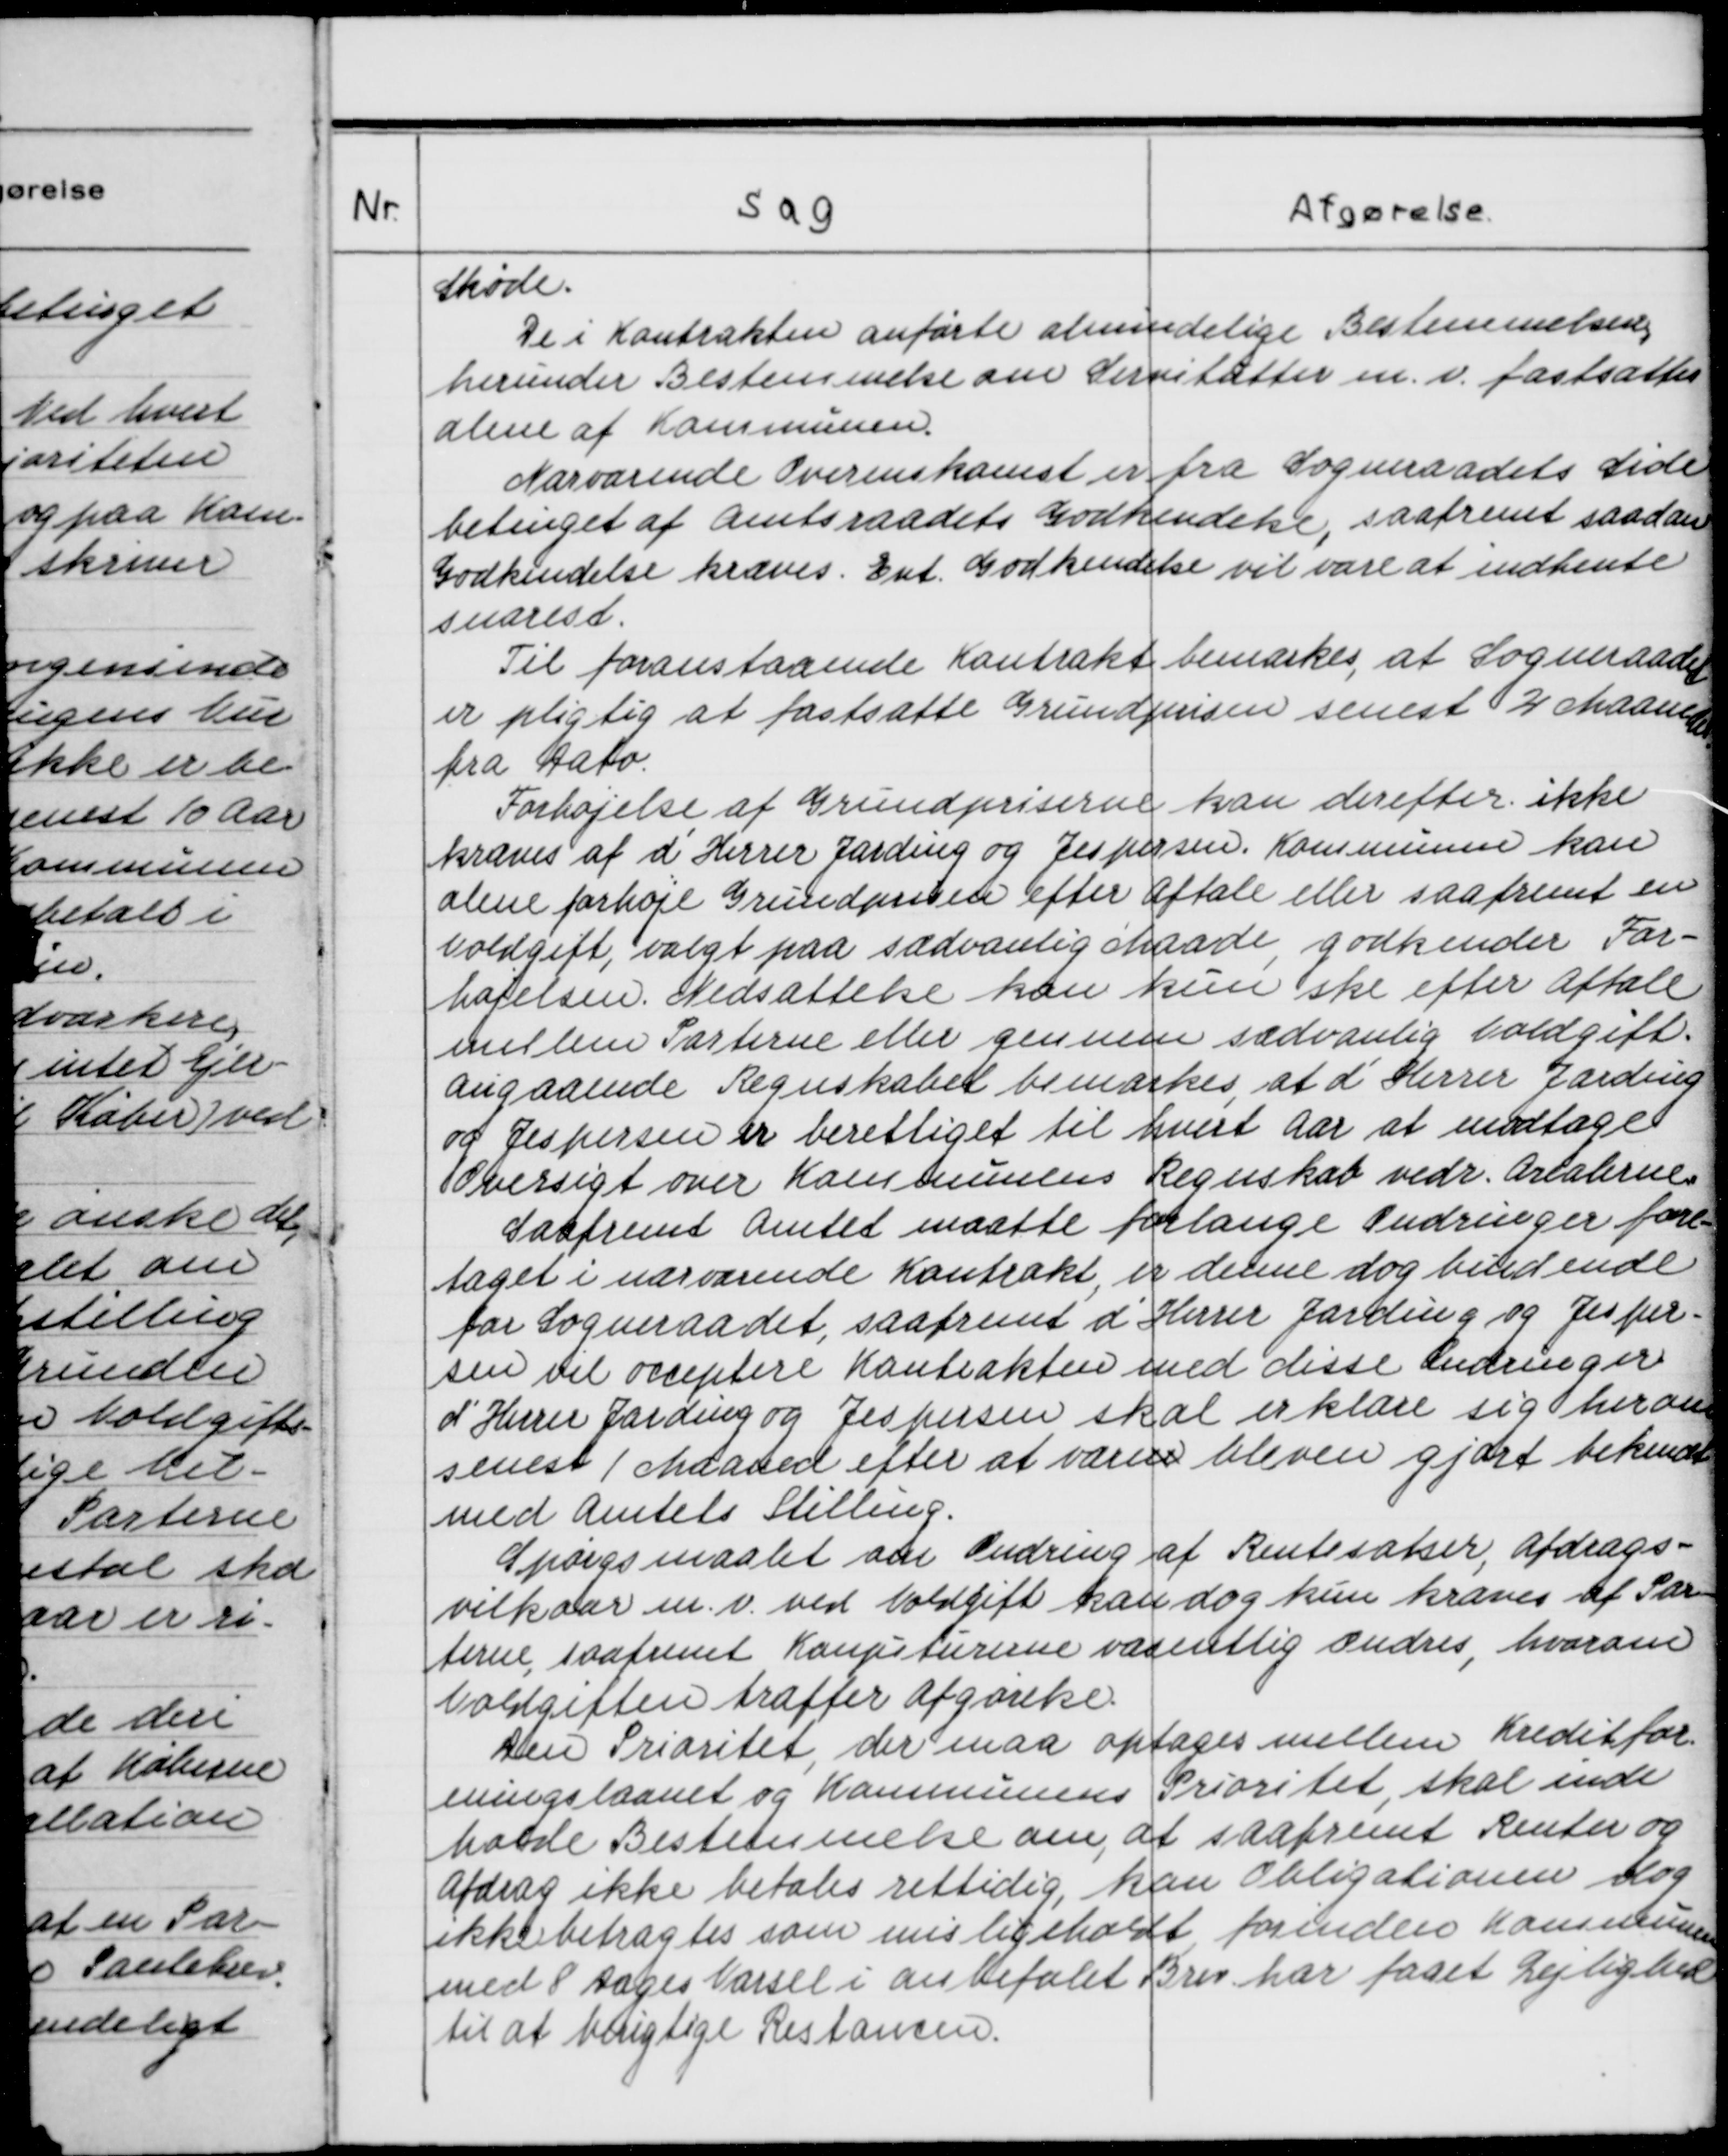
Transskription:
Skøde.
De i Kontrakten anførte almindelige Bestemmelser,
herunder Bestemmelse om Servitutter m. v. fastsættes
alene af Kommunen.
Nærværende Overenskomst er fra Sogneraadets Side
betinget af Amtsraadets Godkendelse, saafremt saadan
Godkendelse kræves. Evt. Godkendelse vil være at indhente
snarest.
TIl foranstaaende Kontrakt bemærkes, at Sogneraadet
er pligtig at fastsætte Grundprisen senest 2 Maaneder
fra Dato.
Forhøjelse af Grundpriserne kan derefter ikke
kræves af d'Herrer Jarding og Jespersen. Kommunen kan
alene forhøje Grundprisen efter Aftale eller saafremt en
Voldgift, valgt paa sædvanlige Maade godkender For-
højelsen. Nedsættelse kan kun ske efter Aftale
mellem Parterne eller gennem sædvanlig Voldgift.
Angaaende Regnskabet bemærkes, at d'Herrer Jarding
og Jespersen er berettiget til hvert Aar at modtage
Oversigt over Kommunens Regnskab vedr. Arealerne.
Saafremt Amtet maatte forlange Ændringer fore-
taget i nærværende Kontrakt, er denne dog bindende
for Sogneraadet, saafremt d'Herrer Jarding og Jesper-
sen vil acceptere Kontrakten med disse Ændringer
d'Herrer Jarding og Jespersen skal erklære sig herom
senest 1 Maaned efter at væren bleven gjort bekendt
med amtets Stilling.
Spørgsmaalet om Ændring af Rentesatser, Afdrags-
vilkaar m. v. ved Voldgift kan dog kun kræves af Par-
terne saafremt Konjurerne væsenllig ændres, hvorom
Voldgiften træffer Afgørelse.
Den Prioritet, der maa optages mellem Kreditfor-
eningslaanet og Kommunens Prioritet, skal inde-
holde Bestemmelse om, at saafremt Renter og
Afdrag ikke betales rettidig, kan Obligationen dog
ikke betragtes som misligholdt, forinden Kommunen
med 8 Dages Varsel i anbefalet Brev har faaet Lejlighed
til at berigtige Restancen.